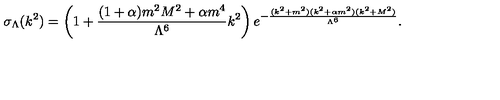
\sigma _ { \Lambda } ( k ^ { 2 } ) = \left( 1 + \frac { ( 1 + \alpha ) m ^ { 2 } M ^ { 2 } + \alpha m ^ { 4 } } { \Lambda ^ { 6 } } k ^ { 2 } \right) e ^ { - \frac { ( k ^ { 2 } + m ^ { 2 } ) ( k ^ { 2 } + \alpha m ^ { 2 } ) ( k ^ { 2 } + M ^ { 2 } ) } { \Lambda ^ { 6 } } } .